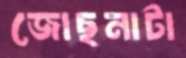
জোছনাটা